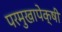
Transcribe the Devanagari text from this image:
परमुखापेक्षी